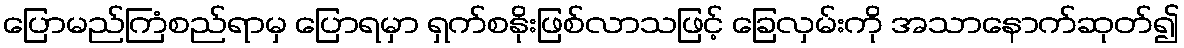
ပြောမည်ကြံစည်ရာမှ ပြောရမှာ ရှက်စနိုးဖြစ်လာသဖြင့် ခြေလှမ်းကို အသာနောက်ဆုတ်၍